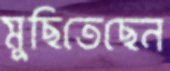
মুছিতেছেন